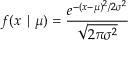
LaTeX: f ( x \mid \mu ) = { \frac { e ^ { - ( x - \mu ) ^ { 2 } / 2 \sigma ^ { 2 } } } { \sqrt { 2 \pi \sigma ^ { 2 } } } }